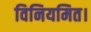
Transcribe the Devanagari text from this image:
विनियमित।